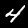
Digit: 4